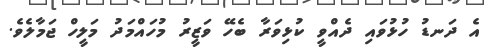
އެ ދަނޑު ހުޅުވައި ދެއްވީ ކުޅިވަރާ ބެހޭ ވަޒީރު މުހައްމަދު މަލީހް ޖަމާލެވެ.